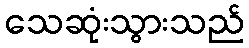
သေဆုံးသွားသည်